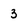
Character: 3